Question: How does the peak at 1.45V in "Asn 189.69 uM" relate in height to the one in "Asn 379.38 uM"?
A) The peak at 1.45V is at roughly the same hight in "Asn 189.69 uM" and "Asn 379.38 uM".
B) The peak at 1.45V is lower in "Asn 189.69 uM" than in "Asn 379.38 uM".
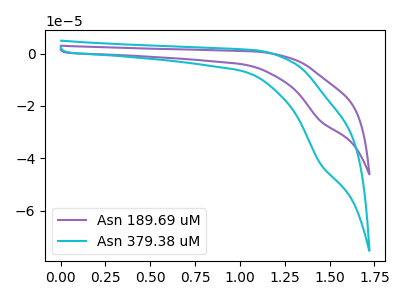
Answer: <think>The purple curve "Asn 189.69 uM" has a cathodic peak at: (1.45V, -25.80uA). The cyan curve "Asn 379.38 uM" has a cathodic peak at: (1.45V, -42.15uA).</think>
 <answer>B) The peak at 1.45V is lower in "Asn 189.69 uM" than in "Asn 379.38 uM".</answer>
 <eval>B</eval>